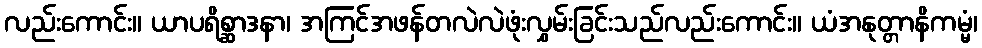
လည်းကောင်း။ ယာပရိစ္ဆာဒနာ၊ အကြင်အဖန်တလဲလဲဖုံးလွှမ်းခြင်းသည်လည်းကောင်း။ ယံအနုတ္တာနိကမ္မံ၊